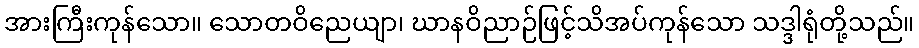
အားကြီးကုန်သော။ သောတဝိညေယျာ၊ ဃာနဝိညာဉ်ဖြင့်သိအပ်ကုန်သော သဒ္ဒါရုံတို့သည်။